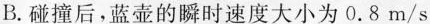
B.碰撞后，蓝壶的瞬时速度大小为0.8m/s